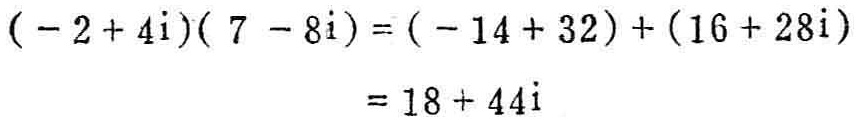
\((-2 + 4i)(7 - 8i)=(-14 + 32)+(16 + 28i)=18 + 44i\)